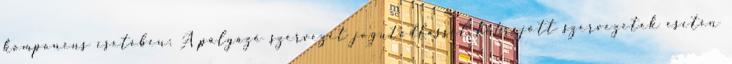
komponens esetében: A pályázó szervezet jogutódlással létrejött szervezetek esetén